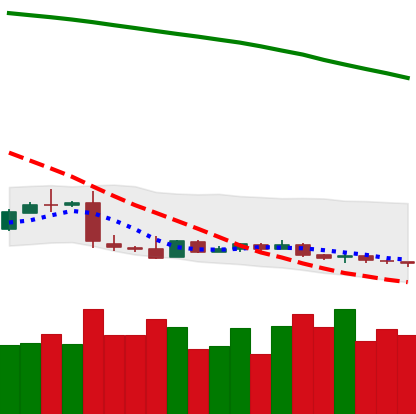
Ticker: XLM-USD
Chart end date: 2019-01-25
Forward return: -15.831%
Label: down_7plus